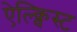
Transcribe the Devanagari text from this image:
ऐल्क्विस्ट